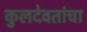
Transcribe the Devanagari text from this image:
कुलदेवतांचा